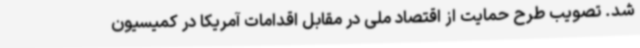
شد. تصویب طرح حمایت از اقتصاد ملی در مقابل اقدامات آمریکا در کمیسیون